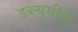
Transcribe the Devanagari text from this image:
डब्ल्यूसीटी